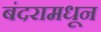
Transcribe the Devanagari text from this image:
बंदरामधून